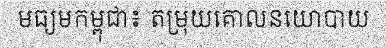
មធ្យមកម្ពុជា៖ តម្រុយគោលនយោបាយ